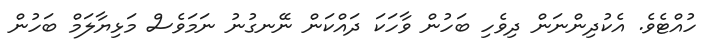
ހުއްޓެވެ. އެކުދިންނަން ދިވެހި ބަހުން ވާހަކަ ދައްކަން ނޭނގުނު ނަމަވެސް މަޅިޔާލަމް ބަހުން